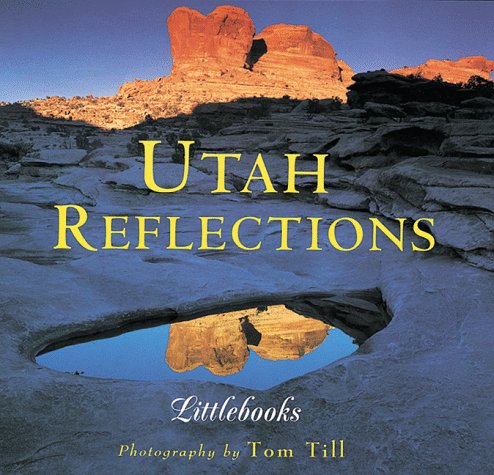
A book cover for Utah Reflections (Utah Littlebooks); Tom Till; Travel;